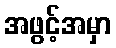
အဖွင့်အမှာ